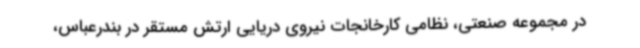
در مجموعه صنعتی، نظامی کارخانجات نیروی دریایی ارتش مستقر در بندرعباس،